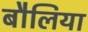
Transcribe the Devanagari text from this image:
बौलिया